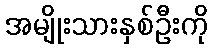
အမျိုးသားနှစ်ဦးကို